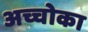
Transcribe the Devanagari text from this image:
अच्चोका